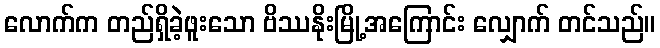
လောက်က တည်ရှိခဲ့ဖူးသော ဗိဿနိုးမြို့အကြောင်း လျှောက် တင်သည်။